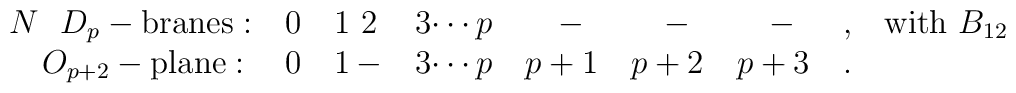
\begin{tabular}{llllllll}$N\ \ D_{p}-\mathrm{branes}:$ & 0 & 1\thinspace \thinspace 2 & 3$\cdots p$ &\quad $-$ & \quad $-$ & \quad $-$ & ,$\quad \mathrm{with}\ B_{12}$ \\$\quad O_{p+2}-\mathrm{plane}:$ & 0 & 1$\,-$ & 3$\cdots p$ & $p+1$ & $p+2$ &$p+3$ & .\end{tabular}